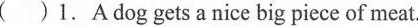
( )1.A dog gets a nice big piece of meat.